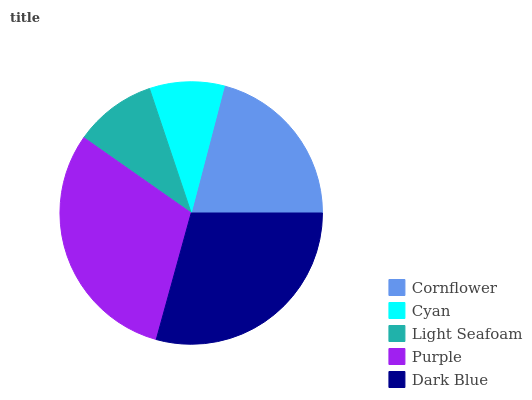
| Cornflower | Cyan | Light Seafoam | Purple | Dark Blue |
 | --- | --- | --- | --- | --- |
 | 21% | 9.21% | 10.1% | 30.4% | 29.3% |